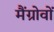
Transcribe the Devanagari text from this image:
मैंग्रोवों